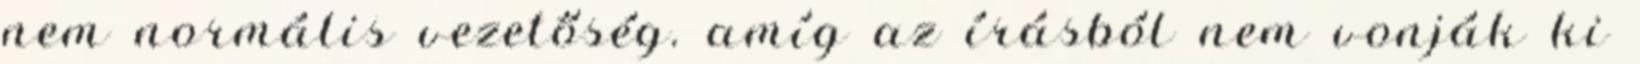
nem normális vezetőség. amíg az írásból nem vonják ki